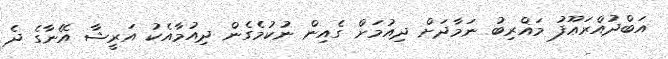
އަބްދުއްރަޢޫފު މަޣްރިބު ނަމާދަށް ދިއުމަށް ގެއިން ނުކުމެގެން ދިއުމާއެކު އަރީޝާ އޭނާގެ ދެ